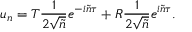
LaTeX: u _ { n } = T \frac { 1 } { 2 \sqrt { \tilde { n } } } e ^ { - i \tilde { n } \tau } + R \frac { 1 } { 2 \sqrt { \tilde { n } } } e ^ { i \tilde { n } \tau } .